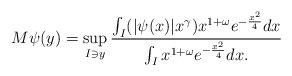
LaTeX: \begin{align*} M\psi(y)=\sup_{I\ni y}\frac{\int_I(|\psi(x)|x^\gamma)x^{1+\omega}e^{-\frac{x^2}{4}}dx}{\int_I x^{1+\omega}e^{-\frac{x^2}{4}}dx.} \end{align*}